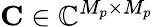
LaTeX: \mathbf{C}\in\mathbb{C}^{M_{p}\times M_{p}}